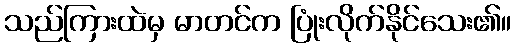
သည်ကြားထဲမှ မာတင်က ပြုံးလိုက်နိုင်သေး၏။